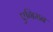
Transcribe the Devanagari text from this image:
एगिमन